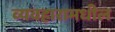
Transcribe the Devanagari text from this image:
व्यवहारामधील